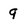
Character: 9